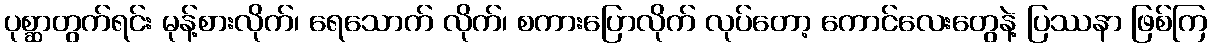
ပုစ္ဆာတွက်ရင်း မုန့်စားလိုက်၊ ရေသောက် လိုက်၊ စကားပြောလိုက် လုပ်တော့ ကောင်လေးတွေနဲ့ ပြဿနာ ဖြစ်ကြ